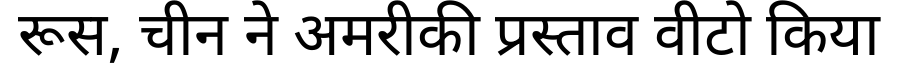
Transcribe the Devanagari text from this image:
रूस, चीन ने अमरीकी प्रस्ताव वीटो किया